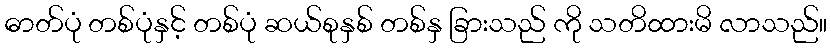
ဓာတ်ပုံ တစ်ပုံနှင့် တစ်ပုံ ဆယ်စုနှစ် တစ်နှ ခြားသည် ကို သတိထားမိ လာသည်။